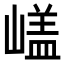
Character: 𡻘